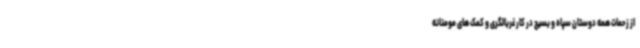
از زحمات همه دوستان سپاه و بسیج در کار غربالگری و کمک های مومنانه